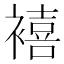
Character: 鿋